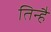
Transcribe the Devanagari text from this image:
तिन्‍हैं